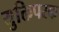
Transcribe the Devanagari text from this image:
युक्तिपरक